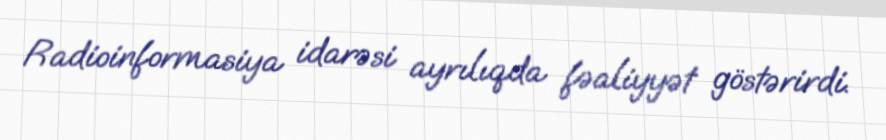
Radioinformasiya idarəsi ayrılıqda fəaliyyət göstərirdi.